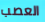
العصب